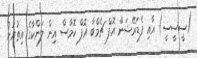
(ސީސީސީ) އާއި ފެޑަރޭޝަން އޮފް ޗެމްބާ އޮފް ކޮމާސް އިން ލަންކާގެ އިތުރުން